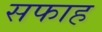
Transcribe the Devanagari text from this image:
सफाह